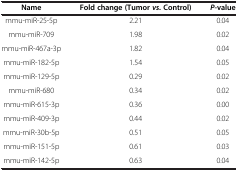
<table><thead><tr><td><b>Name</b></td><td><b>Fold change (Tumor <i>vs. </i>Control)</b></td><td><b><i>P</i>-value</b></td></tr></thead><tbody><tr><td>mmu-miR-25-5p</td><td>2.21</td><td>0.04</td></tr><tr><td>mmu-miR-709</td><td>1.98</td><td>0.02</td></tr><tr><td>mmu-miR-467a-3p</td><td>1.82</td><td>0.04</td></tr><tr><td>mmu-miR-182-5p</td><td>1.54</td><td>0.05</td></tr><tr><td>mmu-miR-129-5p</td><td>0.29</td><td>0.02</td></tr><tr><td>mmu-miR-680</td><td>0.34</td><td>0.02</td></tr><tr><td>mmu-miR-615-3p</td><td>0.36</td><td>0.00</td></tr><tr><td>mmu-miR-409-3p</td><td>0.44</td><td>0.02</td></tr><tr><td>mmu-miR-30b-5p</td><td>0.51</td><td>0.05</td></tr><tr><td>mmu-miR-151-5p</td><td>0.61</td><td>0.03</td></tr><tr><td>mmu-miR-142-5p</td><td>0.63</td><td>0.04</td></tr></tbody></table>